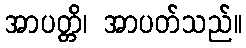
အာပတ္တိ၊ အာပတ်သည်။